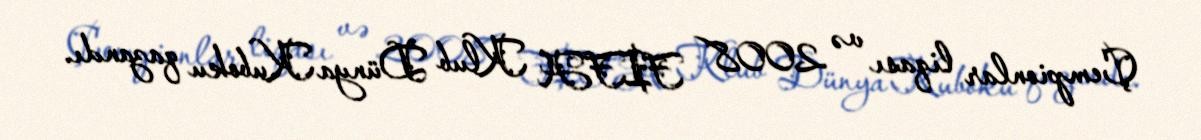
Çempionlar liqası və 2008 FIFA Klub Dünya Kuboku qazandı.